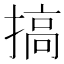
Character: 搞